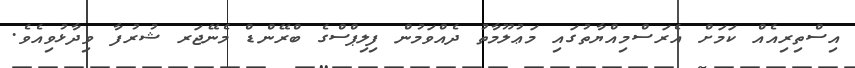
އިސްތިރިއެއް ކަމަށް އެރަސްމިއްޔާތުގައި މަޢުލޫމާތު ދެއްވަމުން ފިލިޕްސްގެ ބްރޭންޑް މެނޭޖަރ ޝުރުފާ ވިދާޅުވިއެވެ.